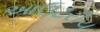
આઉટરીચ